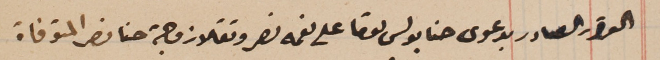
القرار الصادر بدعوى حنا بولس لوقا على نعمه نصر وتقلا زوجة حنا نصر المتوفاة